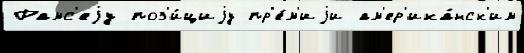
Рамс'еjу поз'и́циjу пр'е́м'иjи ам'ер'ика́нск'им